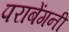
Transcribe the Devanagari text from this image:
पराबेंगनी